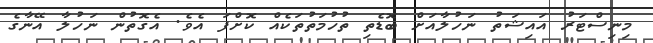
މިނިސްޓަރު އައިޝަތު ނަހުލާއަށް ބޮޑެތި ތުހުމަތުތަކެއް ކޮށްފަ އެވެ. އެގޮތުން ނަހުލާ އޭނާގެ